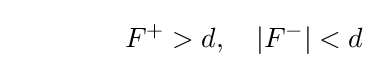
\qquad \qquad F^{+}>d,\quad |F^{-}|<d